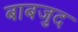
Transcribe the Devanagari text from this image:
बाबजुद